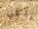
باكلي